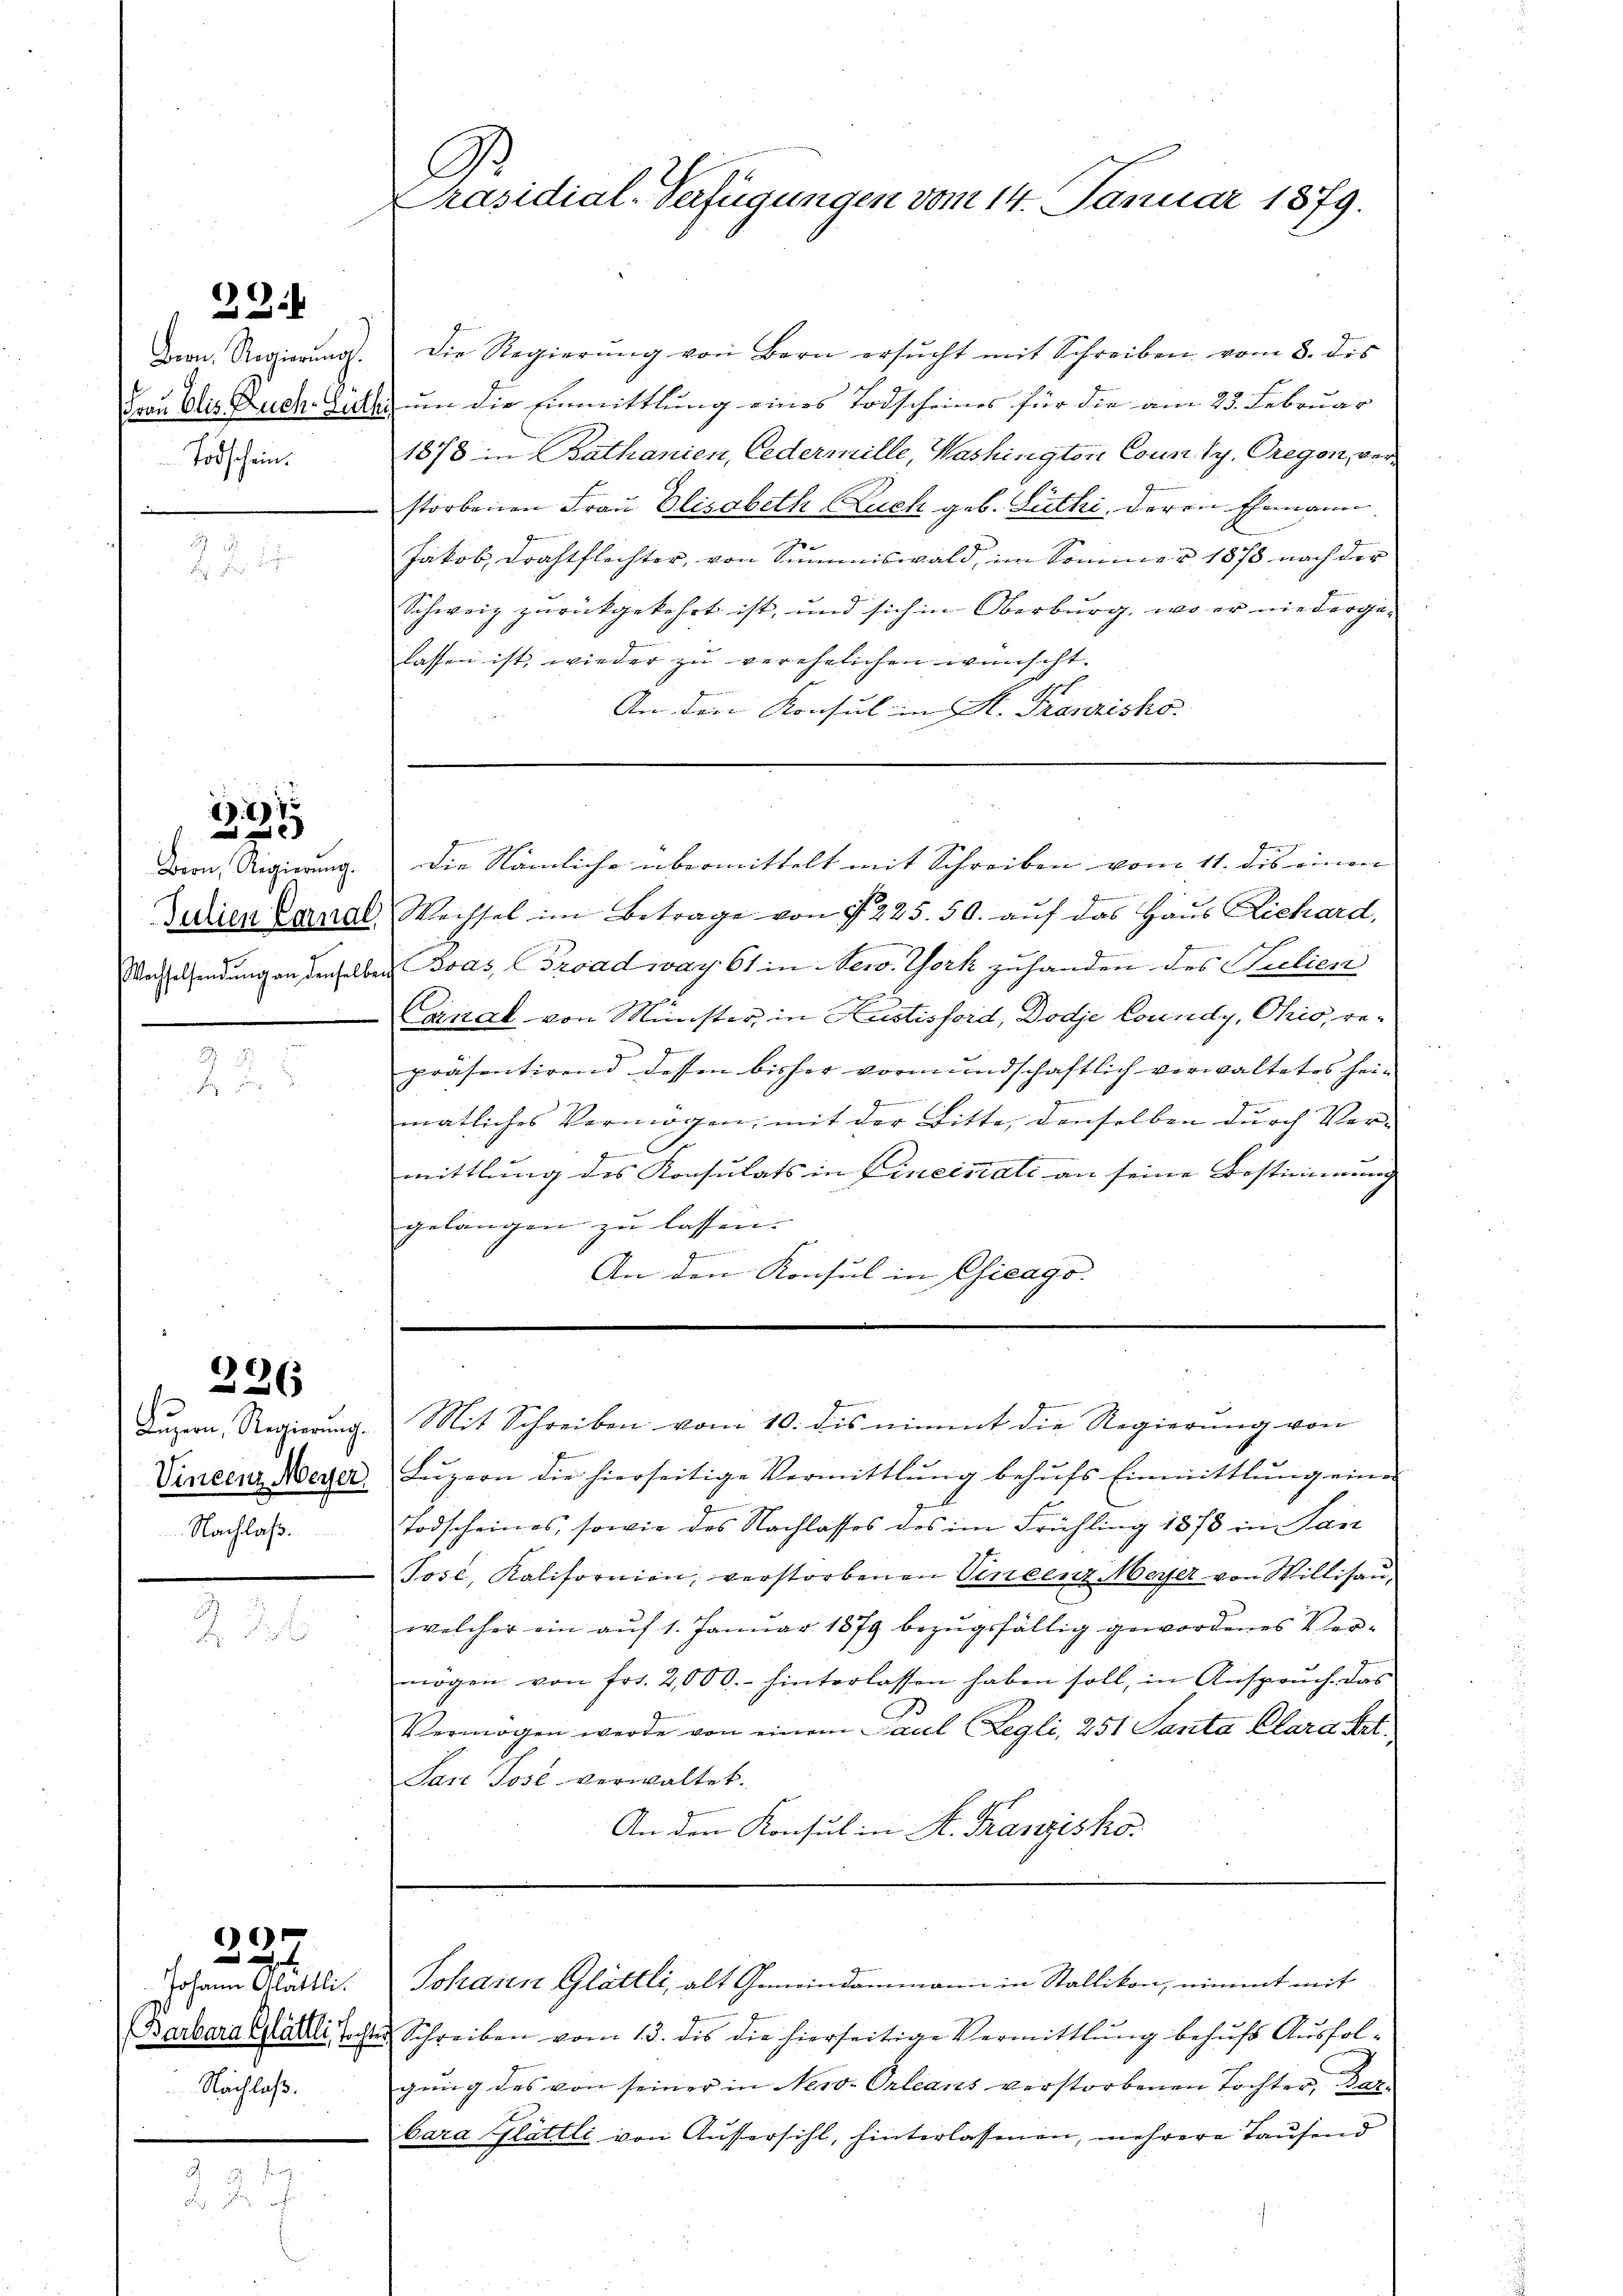
29:

Todschein.

6).

Bion, Regierŭng.

2.

Nachlaß.

326

Johann Glattli.
Nachlaß.

x
321.

A
Präsidial-Verfügungen vom 14. Januar 1879.

Dn. Regierŭng. Die Regierŭng von Bern ersŭcht mit Schreiben vom 8. dis
Frau Elis Buch Gute um die Einmittlung eines Todscheines für die am 25. Februar
1878 in Bathanien, Cedermille, Washingtori County. Oregen, verstorbenen Frau Elisabeth Buch geb. Lüthi, deren Ehemann
Jakob Drahtflechter, von Summiswald, im Sommer 1873 nach der
Schweiz zurückgekehrt ist, und sich in Oberburg, wo er niedergelassen ist, wieder zu verehelichen wünscht.
An den Konsul in A. Franzisko.
Fe
Die Nämliche übermittelt mit Schreiben vom 11. des einen
Jedien Canal Wechsel im Betrage von § 225. 50. auf das Haus Lichard,
Wachselsendung an denselben Boas, CGroad iay 61 in New York zuhanden des Seelien
(cinal von Münster, in Kustisferd, Dodje Loundy, Ohio, re-
präsentirend dessen bisher vormundschaftlich verwaltetes hei-
G
matliches Vermögen, mit der Bitte, denselben durch Ver¬

mittlung des Konsulats in Fineinati an seine Bestimmung
gelangen zu lassen.
2
An den Konsul in Chicago.

Luzern, Regierung. Mit Schreiben vom 10. dis nimmt die Regierung von
Vincenz Meyer. Lŭzern die hierseitige Vermittlung behŭfs Einmittlung eine
Todscheines, sowie des Nachlasses des im Frühling 1878 in Lan
Tose, Kalifornien, verstorbenen Vincenz Meyer von Willisau,
welcher ein auf 1. Januar 1879 bezugsfällig gewordenes Vermögen von frs. 2,000.- hinterlassen haben soll, in Anspruch das
3
Vermögen werde von einem Paul (Legli, 251 Santa Clara Art.
San Tose verwaltet.
An den Konsul in A. Kranzisko.
Johann Glättli, alt Gemeindammann in Stallikon, nimmt mit
Barbara Blättli, so ste Schreiben vom 13. des die hierseitige Vermittlung behufs Ausfolgung des von seiner in New-Orleans verstorbenen Tochter, Dan
bara Glättli von Aussersihl, hinterlassenen, mehrere Taufend

B